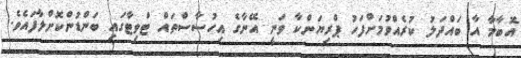
އޮބާމާ އާ ބައްދަލު ކުރެއްވުމަށްފަހު ޕްރިޔަންކާ ވަނީ އޭނާގެ އިހުސާސްތައް ޓްވިޓާގައި ބަންޑުންކޮށްލާފައެވެ.